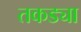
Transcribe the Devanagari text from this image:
तकड्या